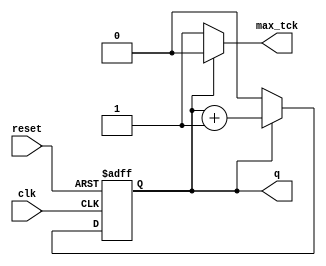
//////////////////////////////////////////////////////////////////////////////
/// Copyright (c) 2014, Ajit Mathew <ajitmathew04@gmail.com>
/// All rights reserved.
///
// Redistribution and use in source and binary forms, with or without modification, 
/// are permitted provided that the following conditions are met:
///
///  * Redistributions of source code must retain the above copyright notice, 
///    this list of conditions and the following disclaimer.
///  * Redistributions in binary form must reproduce the above copyright notice, 
///    this list of conditions and the following disclaimer in the documentation and/or 
///    other materials provided with the distribution.
///
///    THIS SOFTWARE IS PROVIDED BY THE COPYRIGHT HOLDERS AND CONTRIBUTORS "AS IS" AND ANY 
///    EXPRESS OR IMPLIED WARRANTIES, INCLUDING, BUT NOT LIMITED TO, THE IMPLIED WARRANTIES 
///    OF MERCHANTABILITY AND FITNESS FOR A PARTICULAR PURPOSE ARE DISCLAIMED. IN NO EVENT 
///    SHALL THE COPYRIGHT HOLDER OR CONTRIBUTORS BE LIABLE FOR ANY DIRECT, INDIRECT, 
///    INCIDENTAL, SPECIAL, EXEMPLARY, OR CONSEQUENTIAL DAMAGES (INCLUDING, BUT NOT 
///    LIMITED TO, PROCUREMENT OF SUBSTITUTE GOODS OR SERVICES; LOSS OF USE, DATA, OR 
///    PROFITS; OR BUSINESS INTERRUPTION) HOWEVER CAUSED AND ON ANY THEORY OF LIABILITY, 
///    WHETHER IN CONTRACT, STRICT LIABILITY, OR TORT (INCLUDING NEGLIGENCE OR OTHERWISE) 
///    ARISING IN ANY WAY OUT OF THE USE OF THIS SOFTWARE, EVEN IF ADVISED OF THE 
///   POSSIBILITY OF SUCH DAMAGE.
///
///
///  * http://opensource.org/licenses/MIT
///  * http://copyfree.org/licenses/mit/license.txt
///
//////////////////////////////////////////////////////////////////////////////

module mod_m_counter
   #(
    parameter N=1, // counter width
              M=1 // modM
   )
   (
    input wire clk, reset,
    output wire max_tck,
    output wire [N-1:0] q
   );

 
   reg [N-1:0] r_reg = 'b0;
   wire [N-1:0] r_next;

   
   always @(posedge clk, posedge reset)
      if (reset)
         r_reg <= 0;
      else
         r_reg <= r_next;

  
   assign r_next = (r_reg==(M-1)) ? 0 : r_reg + 1;
   
   assign q = r_reg;
   assign max_tck = (r_reg==(M-1)) ? 1'b1 : 1'b0;

endmodule